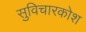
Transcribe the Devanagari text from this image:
सुविचारकोश